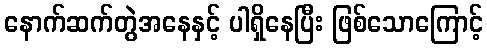
နောက်ဆက်တွဲအနေနှင့် ပါရှိနေပြီး ဖြစ်သောကြောင့်